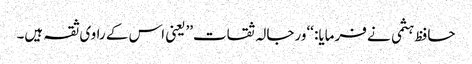
حافظ ہثمی نے فرمایا: ‘‘ورجالہ ثقات’’یعنی اس کے راوی ثقہ ہیں۔